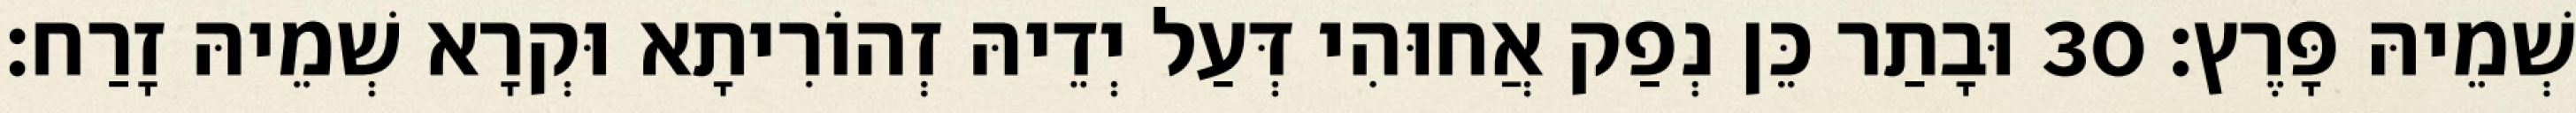
שְׁמֵיהּ פָּרֶץ׃ 30 וּבָתַר כֵּן נְפַק אֲחוּהִי דְּעַל יְדֵיהּ זְהוֹרִיתָא וּקְרָא שְׁמֵיהּ זָרַח׃